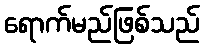
ရောက်မည်ဖြစ်သည်